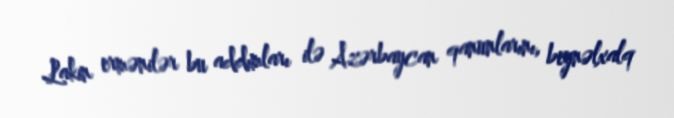
Lakin ermənilər bu addımları ilə Azərbaycan qanunlarını, beynəlxalq